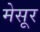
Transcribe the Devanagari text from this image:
मेसूर